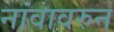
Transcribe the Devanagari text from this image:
नांवावरुन